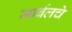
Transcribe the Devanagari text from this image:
मार्बलचे